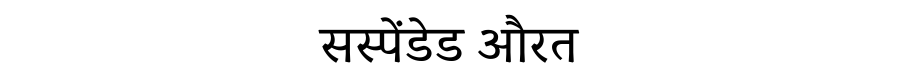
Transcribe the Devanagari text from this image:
सस्पेंडेड औरत